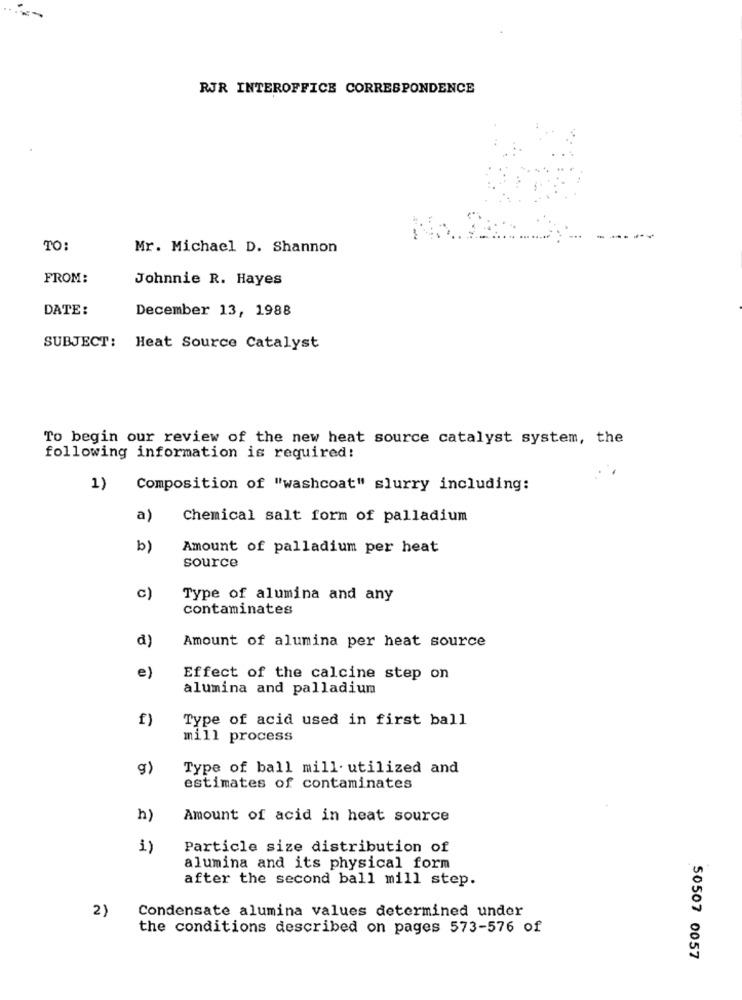
RJR INTEROFFICE CORRESPONDENCE
TO:
Mr. Michael D. Shannon
FROM:
Johnnie R. Hayes
DATE:
December 13, 1988
SUBJECT: Heat Source Catalyst
To begin our review of the new heat source catalyst system, the
following information is required:
1)
Composition of "washcoat" slurry including:
a)
Chemical salt form of palladium
b)
Amount of palladium per heat
source
c)
Type of alumina and any
contaminates
d)
Amount of alumina per heat source
e)
Effect of the calcine step on
alumina and palladium
f)
Type of acid used in first ball
mill process
g)
Type of ball mill. utilized and
estimates of contaminates
h)
Amount of acid in heat source
1)
Particle size distribution of
alumina and its physical form
after the second ball mill step.
2)
Condensate alumina values determined under
the conditions described on pages 573-576 of
50507 0057